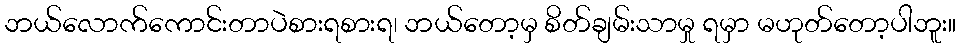
ဘယ်လောက်ကောင်းတာပဲစားရစားရ၊ ဘယ်တော့မှ စိတ်ချမ်းသာမှု ရမှာ မဟုတ်တော့ပါဘူး။